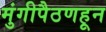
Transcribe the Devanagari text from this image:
मुंगीपैठणहून